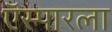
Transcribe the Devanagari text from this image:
ऍस्पारला